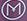
m